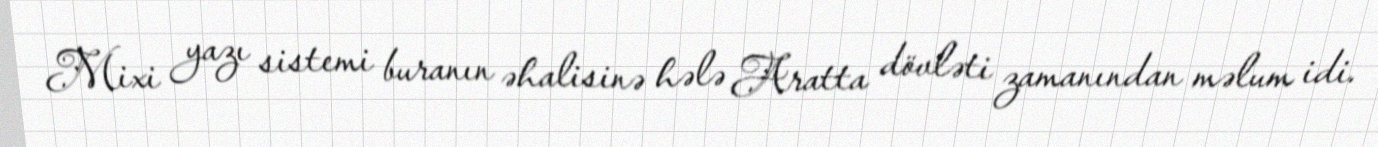
Mixi yazı sistemi buranın əhalisinə hələ Aratta dövləti zamanından məlum idi.